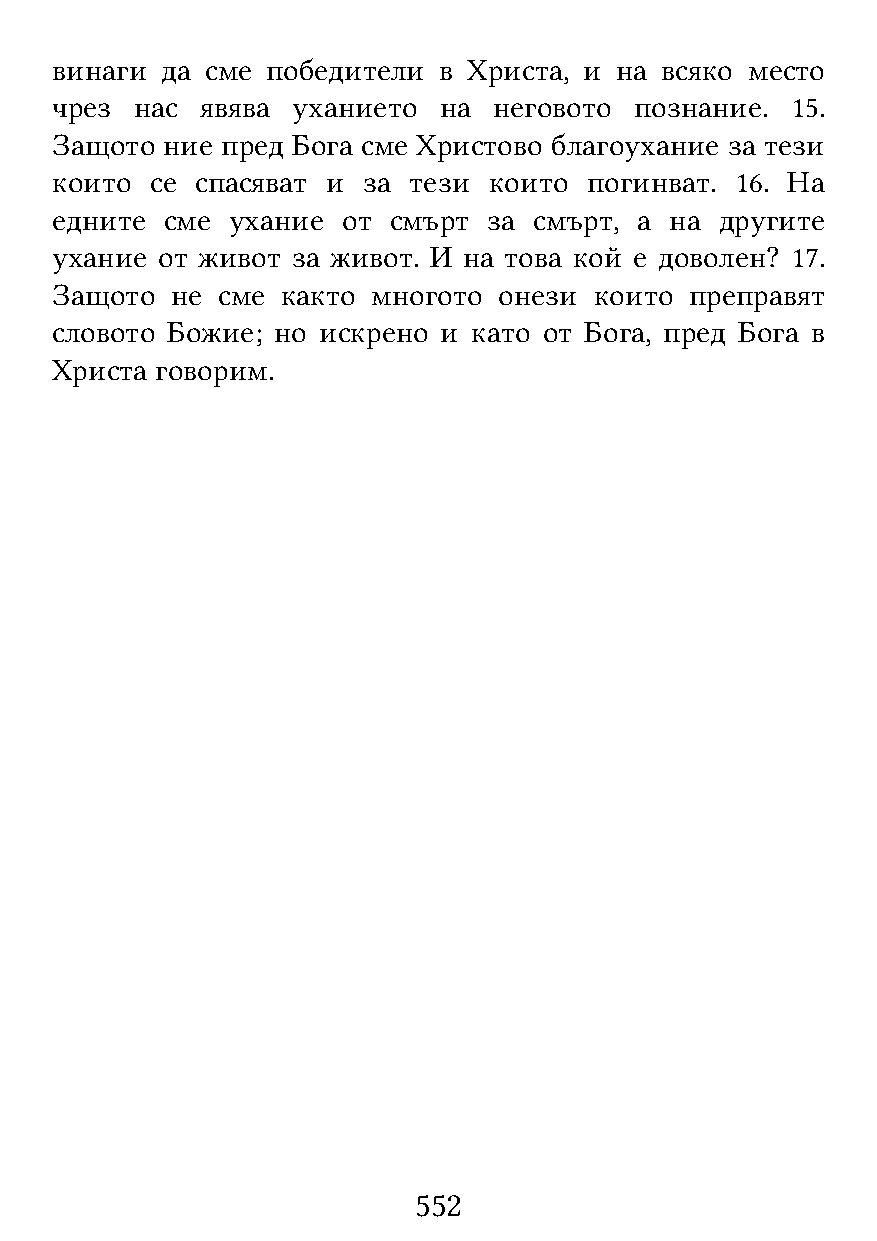
винаги  да сме победители в Христа, и на всяко место
 чрез  нас явява уханието  на  неговото познание. 15.
 Защото  ние пред Бога сме Христово благоухание за тези
 които  се спасяват и за тези които  погинват. 16. На
 едните  сме ухание  от смърт за смърт, а на  другите
 ухание от живот за живот. И на това кой е доволен? 17.
 Защото  не сме  както многото онези които  преправят
 словото Божие; но искрено и като от Бога, пред Бога в
 Христа говорим.
 552